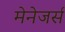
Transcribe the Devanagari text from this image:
मेनेजर्स